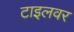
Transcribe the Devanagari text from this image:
टाइलवर